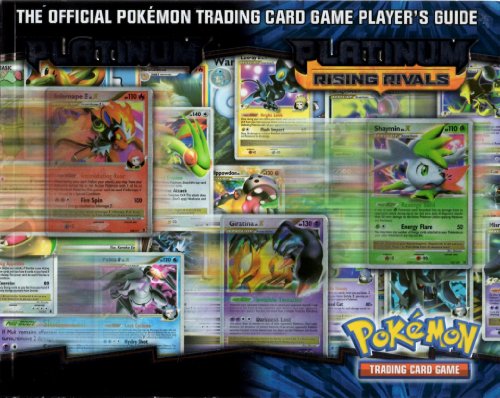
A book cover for Pokemon TCG: Platinum Player's Guide; Nintendo USA; Science Fiction & Fantasy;